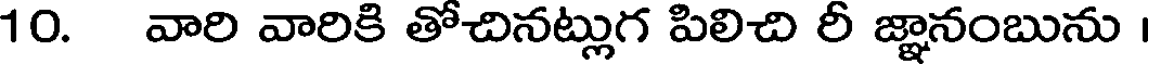
10. వారి వారికి తోచినట్లుగ పిలిచి రీ జ్ఞానంబును